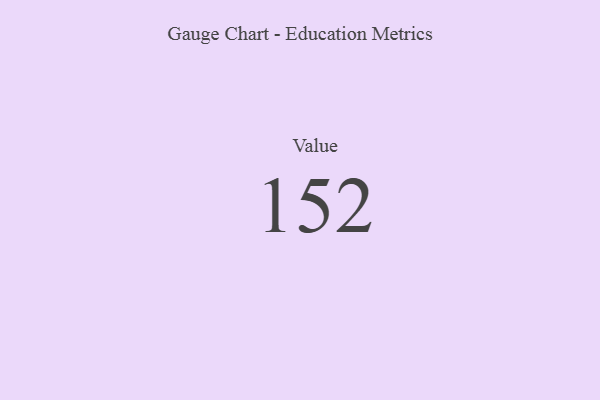
{"axis": {"x": "Metric", "y": "Value"}, "legend": [""], "data": [{"x": "Value", "y": 152, "type": ""}]}